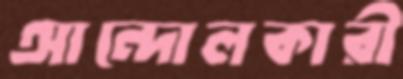
আন্দোলকারী